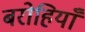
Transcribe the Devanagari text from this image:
बरोहियाँ